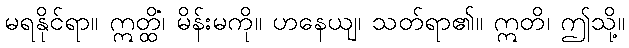
မရနိုင်ရာ။ ဣတ္ထိံ၊ မိန်းမကို။ ဟနေယျ၊ သတ်ရာ၏။ ဣတိ၊ ဤသို့။